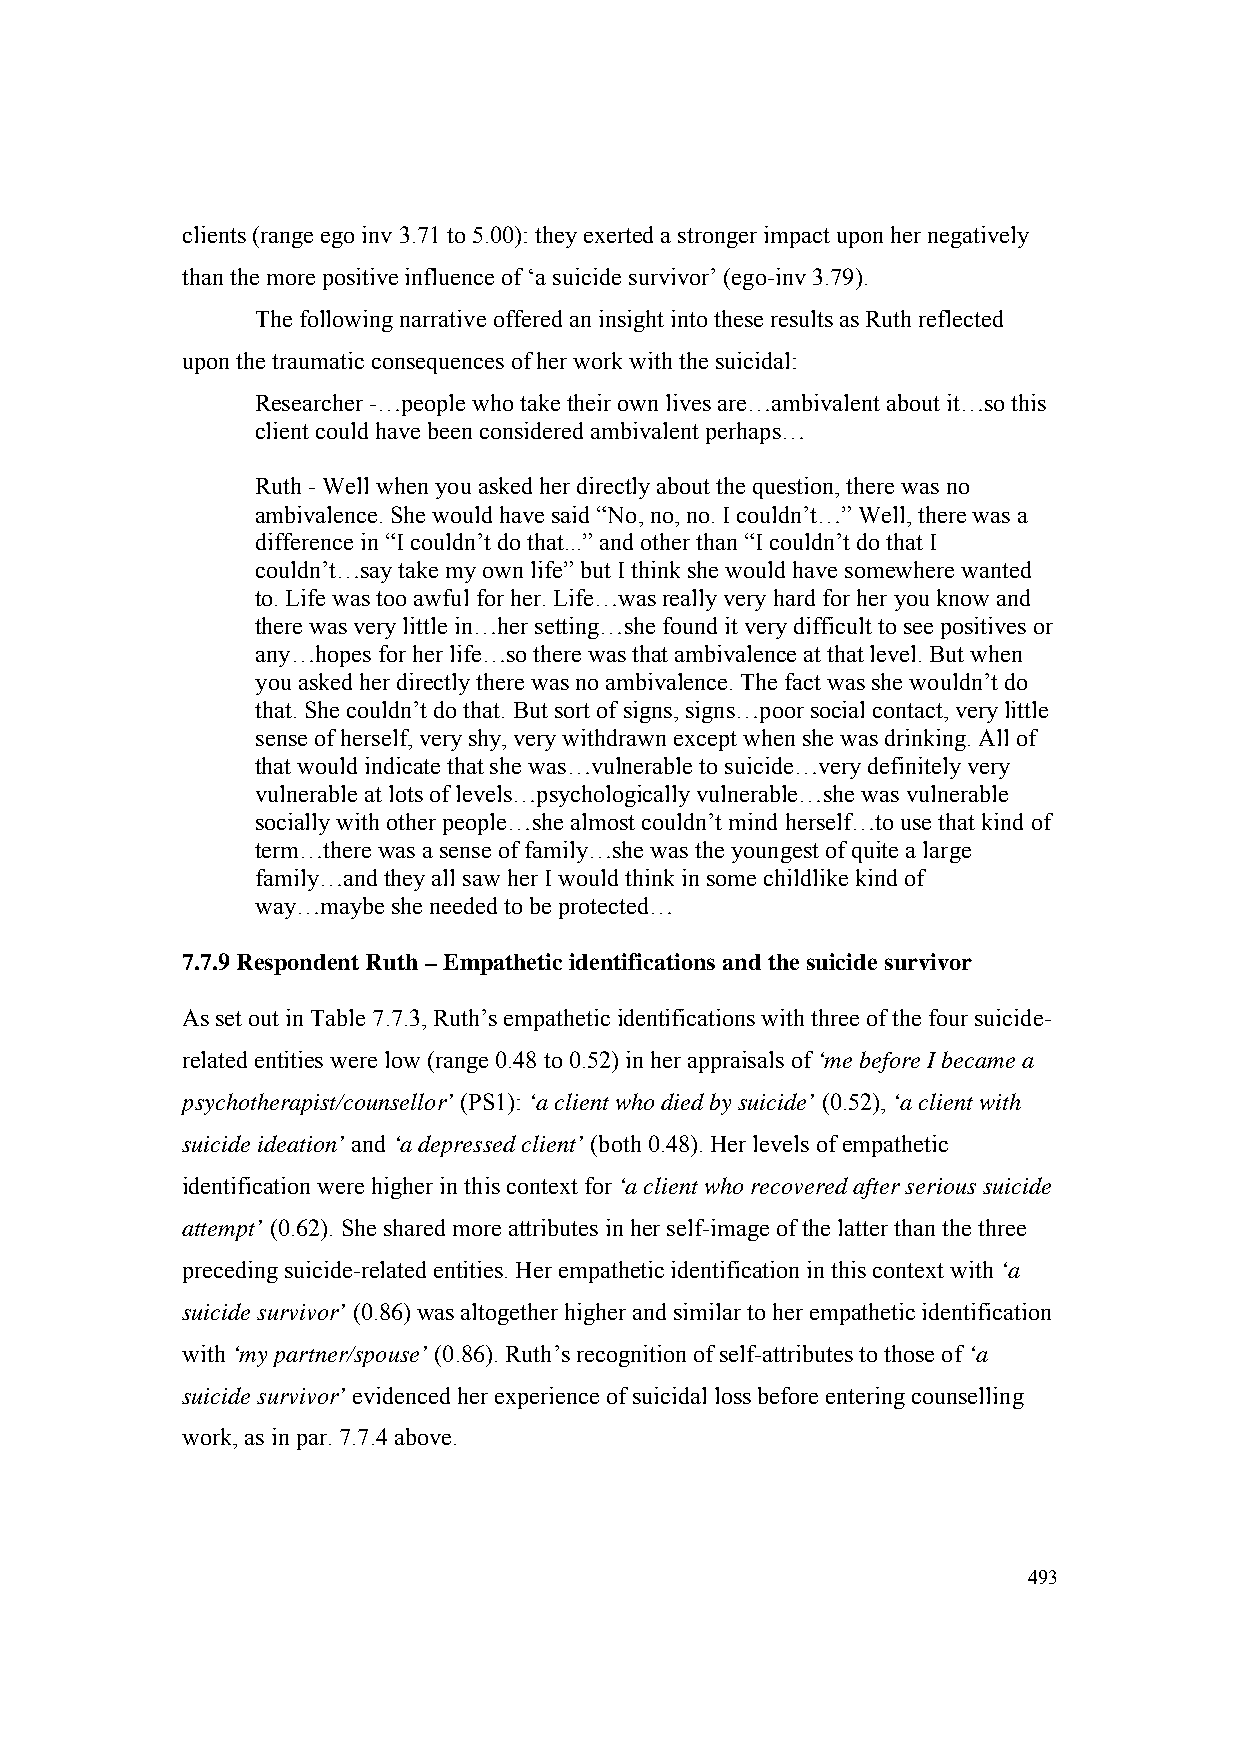
clients (range ego inv 3.71 to 5.00): they exerted a stronger impact upon her negatively
 than the more positive influence of ‘a suicide survivor’ (ego-inv 3.79).
 The following narrative offered an insight into these results as Ruth reflected
 upon the traumatic consequences of her work with the suicidal:
 Researcher -…people who take their own lives are…ambivalent about it…so this
 client could have been considered ambivalent perhaps…
 Ruth - Well when you asked her directly about the question, there was no
 ambivalence. She would have said “No, no, no. I couldn’t…” Well, there was a
 difference in “I couldn’t do that...” and other than “I couldn’t do that I
 couldn’t…say take my own life” but I think she would have somewhere wanted
 to. Life was too awful for her. Life…was really very hard for her you know and
 there was very little in…her setting…she found it very difficult to see positives or
 any…hopes for her life…so there was that ambivalence at that level. But when
 you asked her directly there was no ambivalence. The fact was she wouldn’t do
 that. She couldn’t do that. But sort of signs, signs…poor social contact, very little
 sense of herself, very shy, very withdrawn except when she was drinking. All of
 that would indicate that she was…vulnerable to suicide…very definitely very
 vulnerable at lots of levels…psychologically vulnerable…she was vulnerable
 socially with other people…she almost couldn’t mind herself…to use that kind of
 term…there was a sense of family…she was the youngest of quite a large
 family…and they all saw her I would think in some childlike kind of
 way…maybe she needed to be protected…
 7.7.9 Respondent Ruth – Empathetic identifications and the suicide survivor
 As set out in Table 7.7.3, Ruth’s empathetic identifications with three of the four suicide-
 related entities were low (range 0.48 to 0.52) in her appraisals of ‘me before I became a
 psychotherapist/counsellor’ (PS1): ‘a client who died by suicide’ (0.52), ‘a client with
 suicide ideation’ and ‘a depressed client’ (both 0.48). Her levels of empathetic
 identification were higher in this context for ‘a client who recovered after serious suicide
 attempt’ (0.62). She shared more attributes in her self-image of the latter than the three
 preceding suicide-related entities. Her empathetic identification in this context with ‘a
 suicide survivor’ (0.86) was altogether higher and similar to her empathetic identification
 with ‘my partner/spouse’ (0.86). Ruth’s recognition of self-attributes to those of ‘a
 suicide survivor’ evidenced her experience of suicidal loss before entering counselling
 work, as in par. 7.7.4 above.
 493